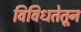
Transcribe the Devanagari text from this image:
विविधतेतून